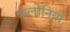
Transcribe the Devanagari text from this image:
कलोनियो